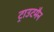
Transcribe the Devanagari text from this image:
ट्राउटमैन